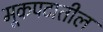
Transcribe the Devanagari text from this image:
मूकपटातील